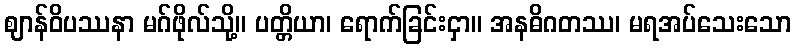
ဈာန်ဝိပဿနာ မဂ်ဖိုလ်သို့။ ပတ္တိယာ၊ ရောက်ခြင်းငှာ။ အနဓိဂတဿ၊ မရအပ်သေးသော